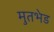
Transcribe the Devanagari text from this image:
मुतभेड